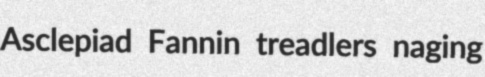
Asclepiad Fannin treadlers naging